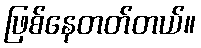
ဖြစ်နေတတ်တယ်။